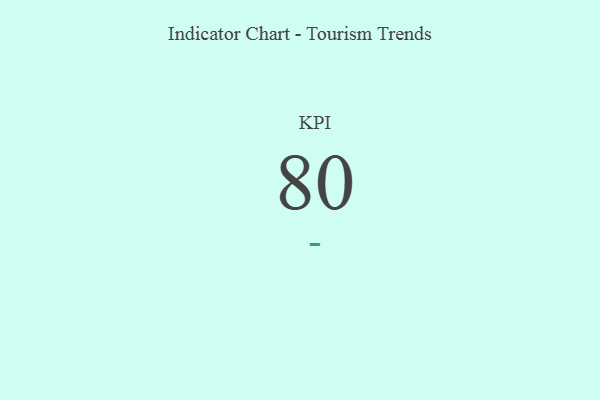
{"axis": {"x": "KPI", "y": "Value"}, "legend": [""], "data": [{"x": "KPI", "y": 80, "type": ""}]}